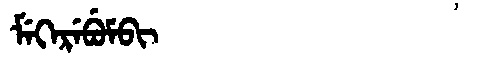
Manchu: ᠮᡝᡴᡝᡵᡝᠪᡠᠮᠪᡳ
Romanization: MEKEREBUMBI